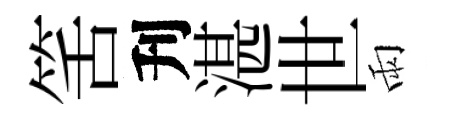
筈刋湛世雨